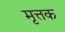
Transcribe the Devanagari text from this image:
मृत्तक